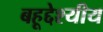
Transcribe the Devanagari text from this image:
बहूद्देश्यीय